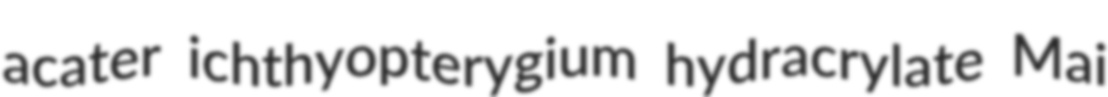
acater ichthyopterygium hydracrylate Mai